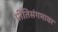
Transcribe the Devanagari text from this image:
प्रीतिसंगमावर